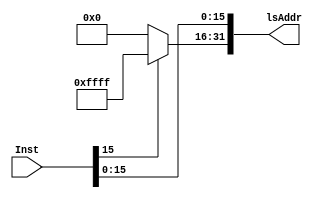
`timescale 1ns / 1ps

module SigExt16to32(
  input [31:0] Inst,
  output [31:0] lsAddr
    );
  assign lsAddr[15:0]=Inst[15:0];
  assign lsAddr[31:16]=(Inst[15]==1)?16'hffff:16'h0;
endmodule